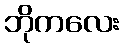
ဘိုကလေး